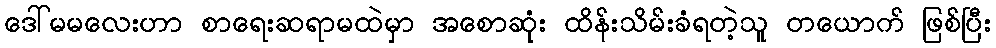
ဒေါ်မမလေးဟာ စာရေးဆရာမထဲမှာ အစောဆုံး ထိန်းသိမ်းခံရတဲ့သူ တယောက် ဖြစ်ပြီး